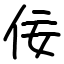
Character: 佞